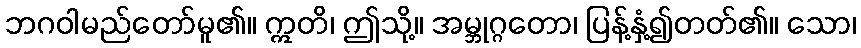
ဘဂဝါမည်တော်မူ၏။ ဣတိ၊ ဤသို့။ အမ္ဘုဂ္ဂတော၊ ပြန့်နှံ့၍တတ်၏။ သော၊